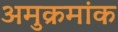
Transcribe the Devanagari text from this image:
अमुक्रमांक